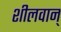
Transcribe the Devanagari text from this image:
शीलवान्